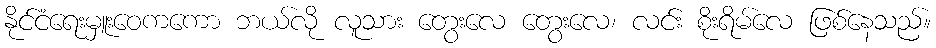
နိုင်ငံရေးမှူးဝေကကော ဘယ်လို လူသား တွေးလေ တွေးလေ၊ လင်း စိုးရိမ်လေ ဖြစ်နေသည်။